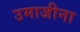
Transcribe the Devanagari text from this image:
उमाजीना